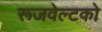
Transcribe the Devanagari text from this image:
रूजवेल्टको